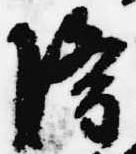
隆